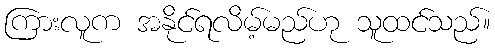
ကြားလူက အနိုင်ရလိမ့်မည်ဟု သူထင်သည်။